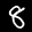
Label: 8